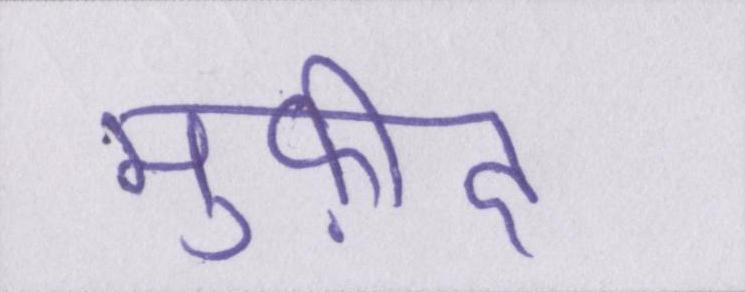
मुफ़ीद